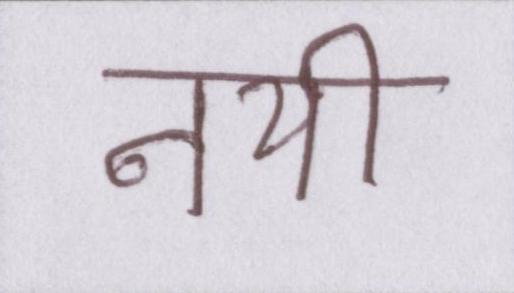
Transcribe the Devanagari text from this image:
नयी